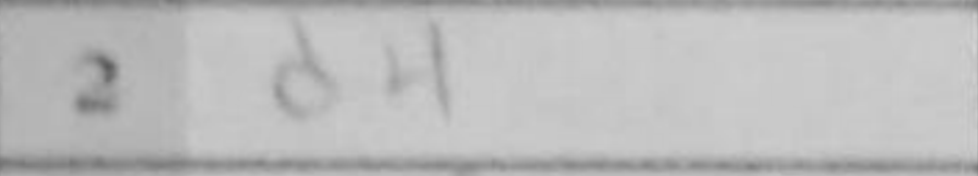
Transcription: d4